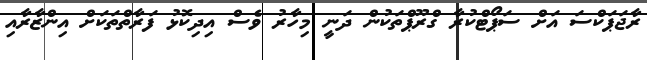
ރާޖަޕަކްސަ އަށް ސަޕޯޓްކުރާ ގްރޫޕްތަކުން ދަނީ މިހާރު ވެސް އިދިކޮޅު ފަރާތްތަކަށް އިންޒާރާއި